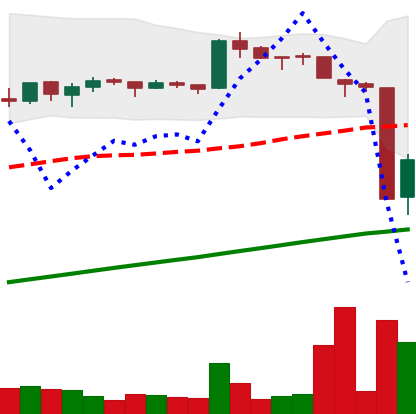
Ticker: BTC-USD
Chart end date: 2016-01-16
Forward return: 5.864%
Label: up_5_7